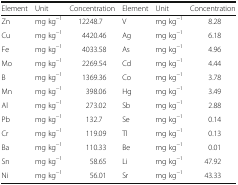
| Element | Unit | Concentration | Element | Unit | Concentration |
 | --- | --- | --- | --- | --- | --- |
 | Zn | mg kg−1 | 12248.7 | V | mg kg−1 | 8.28 |
 | Cu | mg kg−1 | 4420.46 | Ag | mg kg−1 | 6.18 |
 | Fe | mg kg−1 | 4033.58 | As | mg kg−1 | 4.96 |
 | Mo | mg kg−1 | 2269.54 | Cd | mg kg−1 | 4.44 |
 | B | mg kg−1 | 1369.36 | Co | mg kg−1 | 3.78 |
 | Mn | mg kg−1 | 398.06 | Hg | mg kg−1 | 3.49 |
 | Al | mg kg−1 | 273.02 | Sb | mg kg−1 | 2.88 |
 | Pb | mg kg−1 | 132.7 | Se | mg kg−1 | 0.14 |
 | Cr | mg kg−1 | 119.09 | Tl | mg kg−1 | 0.13 |
 | Ba | mg kg−1 | 110.33 | Be | mg kg−1 | 0.01 |
 | Sn | mg kg−1 | 58.65 | Li | mg kg−1 | 47.92 |
 | Ni | mg kg−1 | 56.01 | Sr | mg kg−1 | 43.33 |